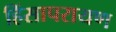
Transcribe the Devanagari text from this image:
हिंसापरायण